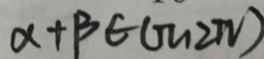
\alpha + \beta \in ( \pi , 2 \pi )